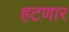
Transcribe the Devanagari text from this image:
हटणार